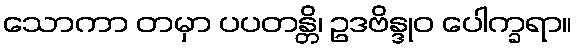
သောကာ တမှာ ပပတန္တိ၊ ဥဒဗိန္ဒုဝ ပေါက္ခရာ။